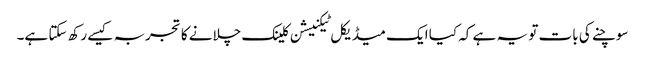
سوچنے کی بات تو یہ ہے کہ کیا ایک میڈیکل ٹیکنیشن کلینک چلانے کا تجربہ کیسے رکھ سکتا ہے۔